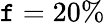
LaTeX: \mathtt{f}=20\%